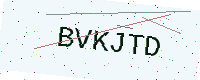
Text: BVKJTD